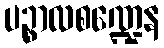
ပဉ္စာလစဏ္ဍေန